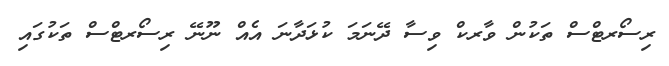
ރިސޯރޓްސް ތަކުން ވާރކް ވިސާ ދޭނަމަ ކުޅަދާނަ އެއް ނޫނޭ ރިސޯރޓްސް ތަކުގައި